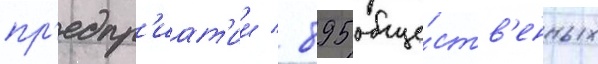
пр'едпр'иат'ии / 895 обще́ств'енных